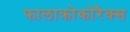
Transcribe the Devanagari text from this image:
फालाक्रोकोरैक्स